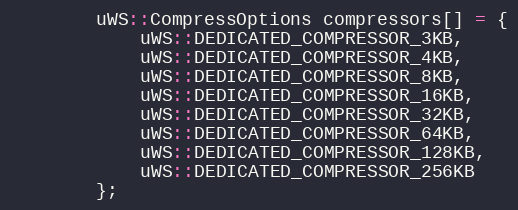
Language: C++
        uWS::CompressOptions compressors[] = {
            uWS::DEDICATED_COMPRESSOR_3KB,
            uWS::DEDICATED_COMPRESSOR_4KB,
            uWS::DEDICATED_COMPRESSOR_8KB,
            uWS::DEDICATED_COMPRESSOR_16KB,
            uWS::DEDICATED_COMPRESSOR_32KB,
            uWS::DEDICATED_COMPRESSOR_64KB,
            uWS::DEDICATED_COMPRESSOR_128KB,
            uWS::DEDICATED_COMPRESSOR_256KB
        };